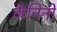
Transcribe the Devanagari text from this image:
केनिनो